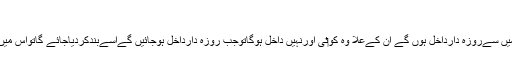
(1 / 412)
( جنت میں ایک دروازہ ہے جسےریان کہا جاتا ہےاس میں سےروزہ دارداخل ہوں گے ان کےعلا وہ کو‏ئی اورنہیں داخل ہوگاتوجب روزہ دارداخل ہوجائیں گےاسےبندکردیاجائے گاتواس میں کوئی بھی داخل نہیں ہوگا ) صحیح بخاری حدیث نمبر ۔